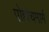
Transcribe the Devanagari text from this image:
पोहोचमार्ग